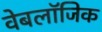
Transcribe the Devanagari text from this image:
वेबलॉजिक